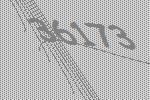
36173